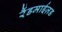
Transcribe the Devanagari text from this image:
रैंडमाईज़ड